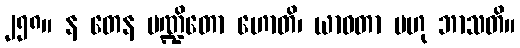
၂၅၈။ န တေန ပဏ္ဍိတော ဟောတိ၊ ယာဝတာ ဗဟု ဘာသတိ။